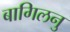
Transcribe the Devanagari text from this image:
बागिलनु